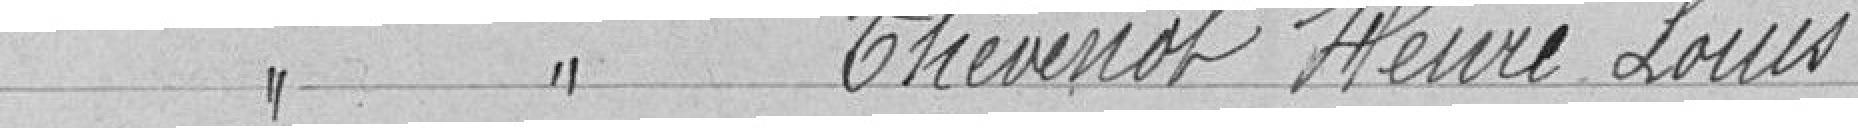
Classe 1926 THEVENOT Henri Louis